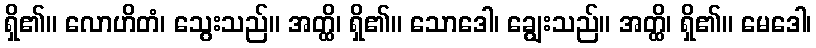
ရှိ၏။ လောဟိတံ၊ သွေးသည်။ အတ္ထိ၊ ရှိ၏။ သောဒေါ၊ ချွေးသည်။ အတ္ထိ၊ ရှိ၏။ မေဒေါ၊